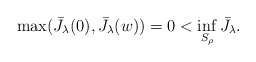
\begin{align*} \max(\bar J_\lambda(0), \bar J_\lambda(w)) = 0 < \inf_{S_\rho} \bar J_\lambda.\end{align*}